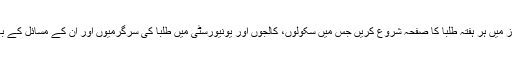
کیوں نہ آپ امروز میں ہر ہفتہ طلبا کا صفحہ شروع کریں جس میں سکولوں، کالجوں اور یونیورسٹی میں طلبا کی سرگرمیوں اور ان کے مسائل کے بارے میں ذکر ہو۔